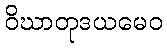
ဝိဃာတုဒယမေဝ